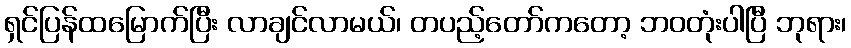
ရှင်ပြန်ထမြောက်ပြီး လာချင်လာမယ်၊ တပည့်တော်ကတော့ ဘဝတုံးပါပြီ ဘုရား၊